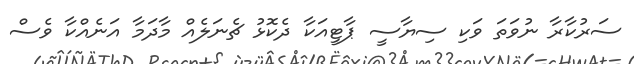
ސަރުކާރާ ނުވަތަ ވަކި ސިޔާސީ ޕާޓީއަކާ ދެކޮޅު ޗެނަލެއް މާދަމާ އަނެއްކާ ވެސް